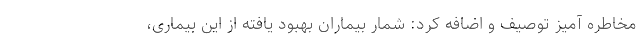
مخاطره آمیز توصیف و اضافه کرد: شمار بیماران بهبود یافته از این بیماری،